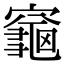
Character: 𪚨